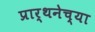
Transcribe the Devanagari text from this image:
प्रार्थनेच्या